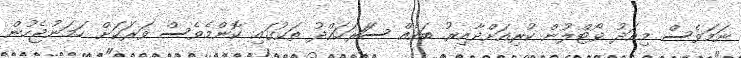
ނަމަވެސް މިއަދު ވޯޓްލުން ކުރިއަށްދާއިރު ބައެއް ސަަރަހައްދު ތަކުގައި ކޮންމެވެސް ވަރަކަށް ހަމަނުޖެހުން